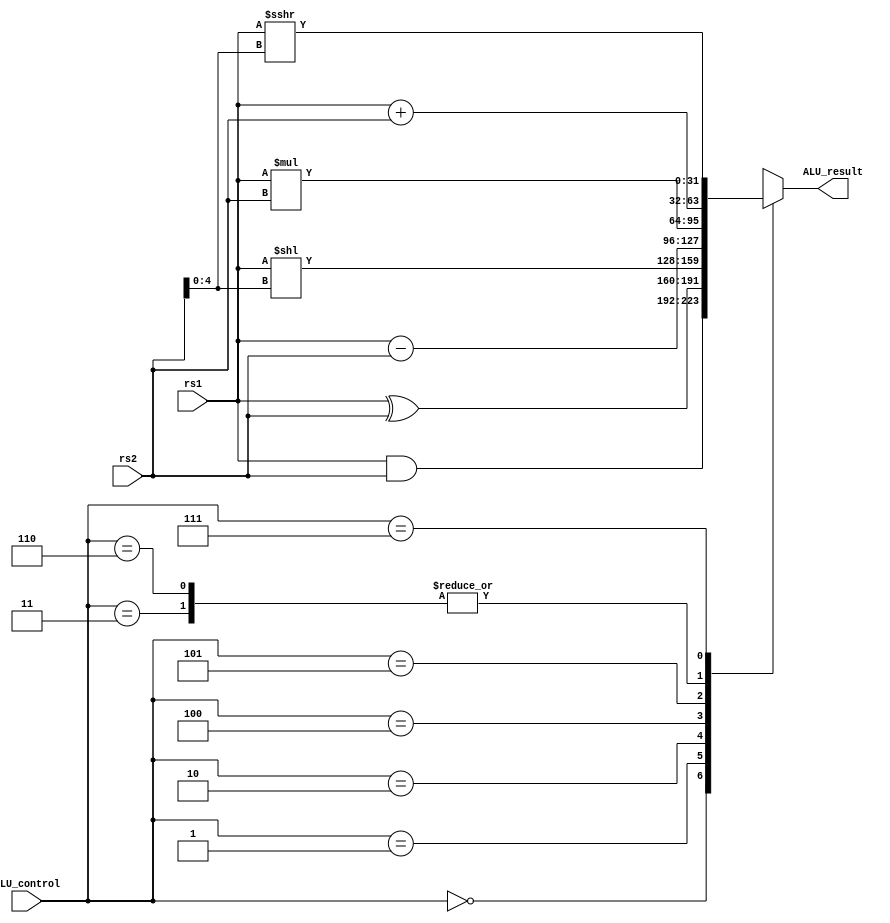
module ALU(
    input [2:0] ALU_control,
    input signed [31:0] rs1,
    input signed [31:0] rs2,
    output [31:0] ALU_result
);

    reg [31:0] tmp_result;
    always @(*) begin
        case(ALU_control)
            3'b000: tmp_result = rs1 & rs2;
            3'b001: tmp_result = rs1 ^ rs2;
            3'b010: tmp_result = rs1 << rs2[4:0];
            3'b011: tmp_result = rs1 + rs2;
            3'b100: tmp_result = rs1 - rs2;
            3'b101: tmp_result = rs1 * rs2;
            3'b110: tmp_result = rs1 + rs2;
            3'b111: tmp_result = rs1 >>> rs2[4:0];
        endcase
    end

    assign ALU_result = tmp_result;

endmodule